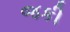
જકી